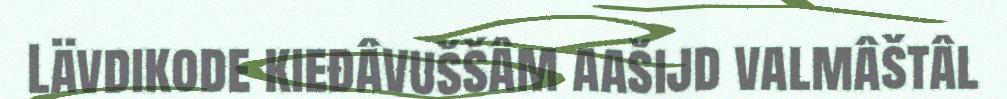
Lävdikode kieđâvuššâm aašijd valmâštâl